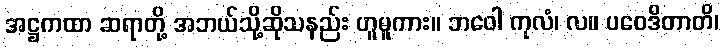
အဋ္ဌကထာ ဆရာတို့ အဘယ်သို့ဆိုသနည်း ဟူမူကား။ ဘဝေါ ကုလံ၊ လ။ ပဝေဒိတာတိ၊